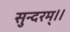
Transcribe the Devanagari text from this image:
सुन्दरम्।।